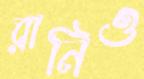
রানিও